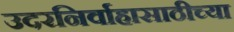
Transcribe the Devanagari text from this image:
उदरनिर्वाहासाठीच्या